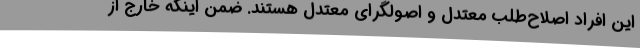
این افراد اصلاح‌طلب معتدل و اصولگرای معتدل هستند. ضمن اینکه خارج از